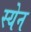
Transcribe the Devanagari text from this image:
स्येन